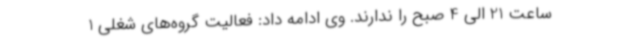
ساعت 21 الی 4 صبح را ندارند. وی ادامه داد: فعالیت گروه‌های شغلی 1